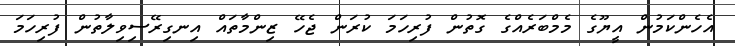
އެހެންކަމުން އީޔޫގެ މެމްބަރެއްގެ ގޮތުން ފުރިހަމަ ކުރަން ޖެހޭ ޒިންމާތައް އިނގިރޭސިވިލާތުން ފުރިހަމަ